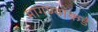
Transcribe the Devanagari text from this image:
मागण्यांकडे